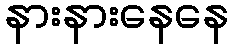
နားနားနေနေ